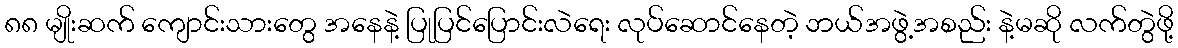
၈၈ မျိုးဆက် ကျောင်းသားတွေ အနေနဲ့ ပြုပြင်ပြောင်းလဲရေး လုပ်ဆောင်နေတဲ့ ဘယ်အဖွဲ့အစည်း နဲ့မဆို လက်တွဲဖို့